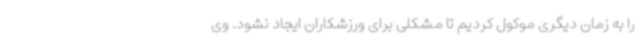
را به زمان دیگری موکول کردیم تا مشکلی برای ورزشکاران ایجاد نشود. وی